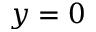
y = 0